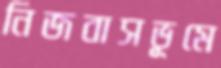
নিজবাসভূমে